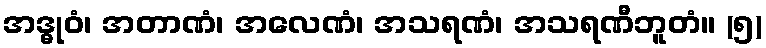
အဒ္ဓုဝံ၊ အတာဏံ၊ အလေဏံ၊ အသရဏံ၊ အသရဏီဘူတံ။ (၅)